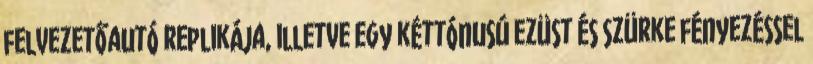
felvezetőautó replikája, illetve egy kéttónusú ezüst és szürke fényezéssel